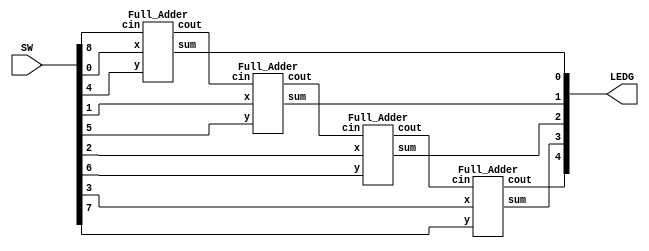
module top (SW, LEDG);

	input [8:0] SW;
	output [4:0] LEDG;
	wire [3:0]S;
	wire [4:0]C;
	assign C[0]=SW[8];
	Full_Adder F0(SW[0],SW[4],C[0],S[0],C[1]);
	Full_Adder F1(SW[1],SW[5],C[1],S[1],C[2]);
	Full_Adder F2(SW[2],SW[6],C[2],S[2],C[3]);
	Full_Adder F3(SW[3],SW[7],C[3],S[3],C[4]);
	assign LEDG[4:0]={C[4],S[3:0]};

endmodule

module Full_Adder (x,y,cin,sum,cout);//1 bit fulladder
input x,y,cin;
output sum,cout;
wire w1,w2,w3;
halfadder h0(x,y,w1,w2);
halfadder h1(w1,cin,sum,w3);
or (cout,w3,w2);
endmodule

module halfadder (x,y,s,c);
	input	x,y;
	output	s,c;
	xor x1 (s,x,y);
	and a1 (c,x,y);
endmodule